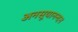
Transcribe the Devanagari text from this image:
अनसूयानन्‍दन